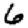
Digit: 6